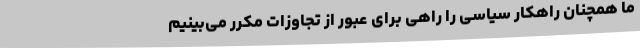
ما همچنان راهکار سیاسی را راهی برای عبور از تجاوزات مکرر می‌بینیم